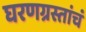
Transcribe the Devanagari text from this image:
घरणग्रस्तांचं